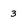
Character: 3